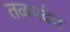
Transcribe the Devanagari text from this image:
तळपदेच